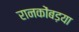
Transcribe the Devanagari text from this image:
रानकोंबड़या